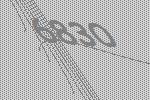
6830